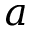
a